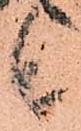
候